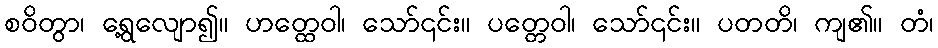
စဝိတွာ၊ ရွေ့လျော၍။ ဟတ္ထေဝါ၊ သော်၎င်း။ ပတ္တေဝါ၊ သော်၎င်း။ ပတတိ၊ ကျ၏။ တံ၊